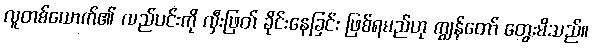
လူတစ်ယောက်၏ လည်ပင်းကို လှီးဖြတ် ခိုင်းနေခြင်း ဖြစ်ရမည်ဟု ကျွန်တော် တွေးမိသည်။